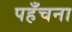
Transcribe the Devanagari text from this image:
पहँचना